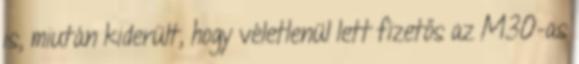
is, miután kiderült, hogy véletlenül lett fizetős az M30-as